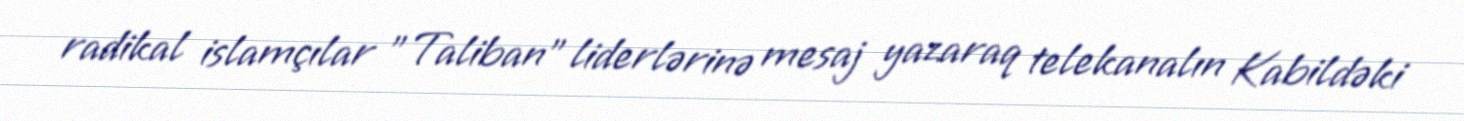
radikal islamçılar "Taliban" liderlərinə mesaj yazaraq telekanalın Kabildəki